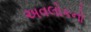
અવલોકનો